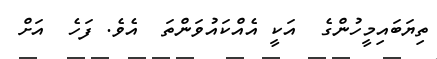
ތިޔަބައިމީހުންގެ  އަކީ އެއްކައުވަންތަ  އެވެ. ފަހެ  އަށް